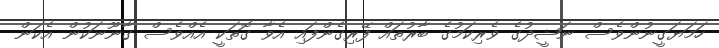
ހަމަޔަގީނުންވެސް ނަޝީދުގެ ވެރިކަމުގެ ބާރުތައް ފޭރިގެންފައި އެވާ ގޮތަކީ އެއްވެސް ގާނޫނަކުން އެކަން